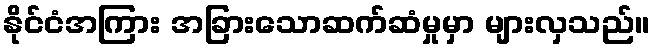
နိုင်ငံအကြား အခြားသောဆက်ဆံမှုမှာ များလှသည်။